Language: tamil
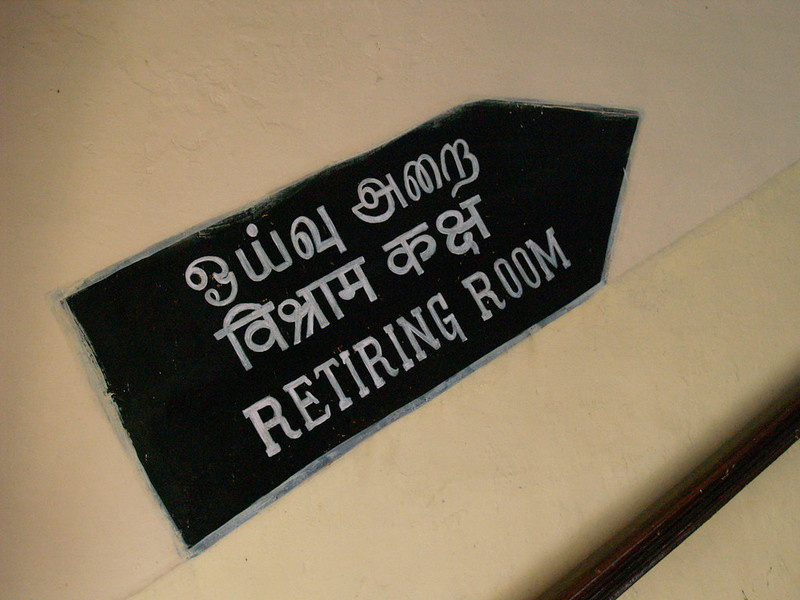
Transcription: அறை ஓய்வு